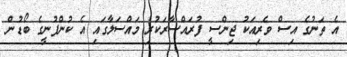
އެ ތަނުގެ އިސް ވެރިއަކު ޖިންސީ ފުރައްސާރަކުރި މައްސަލާގައި އެ ކުންފުނީގެ ބޯޑުން